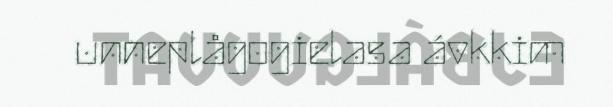
unneplågogielasa ávkkim